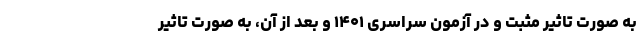
به صورت تاثیر مثبت و در آزمون سراسری ۱۴۰۱ و بعد از آن، به صورت تاثیر